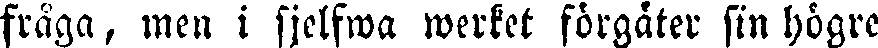
fråga, men i sjelfwa werket förgåter sin högre